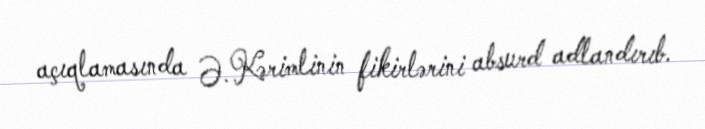
açıqlamasında Ə. Kərimlinin fikirlərini absurd adlandırıb.